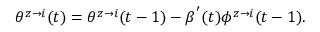
\begin{array} { r } { \theta ^ { z \rightarrow i } ( t ) = \theta ^ { z \rightarrow i } ( t - 1 ) - \beta ^ { ' } ( t ) \phi ^ { z \rightarrow i } ( t - 1 ) . } \end{array}